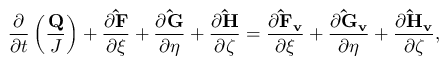
\frac { \partial } { \partial t } \left( \frac { \mathbf { Q } } { J } \right) + \frac { \partial \mathbf { \hat { F } } } { \partial \xi } + \frac { \partial \mathbf { \hat { G } } } { \partial \eta } + \frac { \partial \mathbf { \hat { H } } } { \partial \zeta } = \frac { \partial \mathbf { \hat { F } _ { v } } } { \partial \xi } + \frac { \partial \mathbf { \hat { G } _ { v } } } { \partial \eta } + \frac { \partial \mathbf { \hat { H } _ { v } } } { \partial \zeta } ,